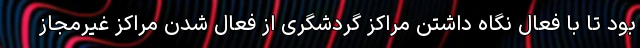
بود تا با فعال نگاه داشتن مراکز گردشگری از فعال شدن مراکز غیرمجاز